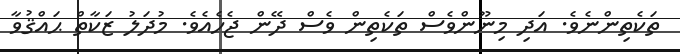
ތަކެތިންނެވެ. އަދި މިނޫންވެސް ތަކެތިން ވެސް ދޭން ޖެހެއެވެ. މުދަލު ޒަކާތް ޙައްޤުވާ